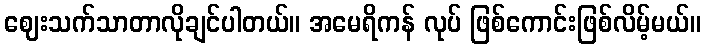
ဈေးသက်သာတာလိုချင်ပါတယ်။ အမေရိကန် လုပ် ဖြစ်ကောင်းဖြစ်လိမ့်မယ်။